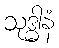
သုဒ္ဓါနံ